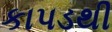
કાપડથી